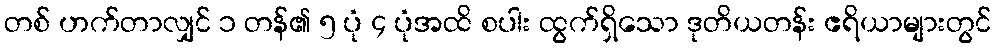
တစ် ဟက်တာလျှင် ၁ တန်၏ ၅ ပုံ ၄ ပုံအထိ စပါး ထွက်ရှိသော ဒုတိယတန်း ဧရိယာများတွင်